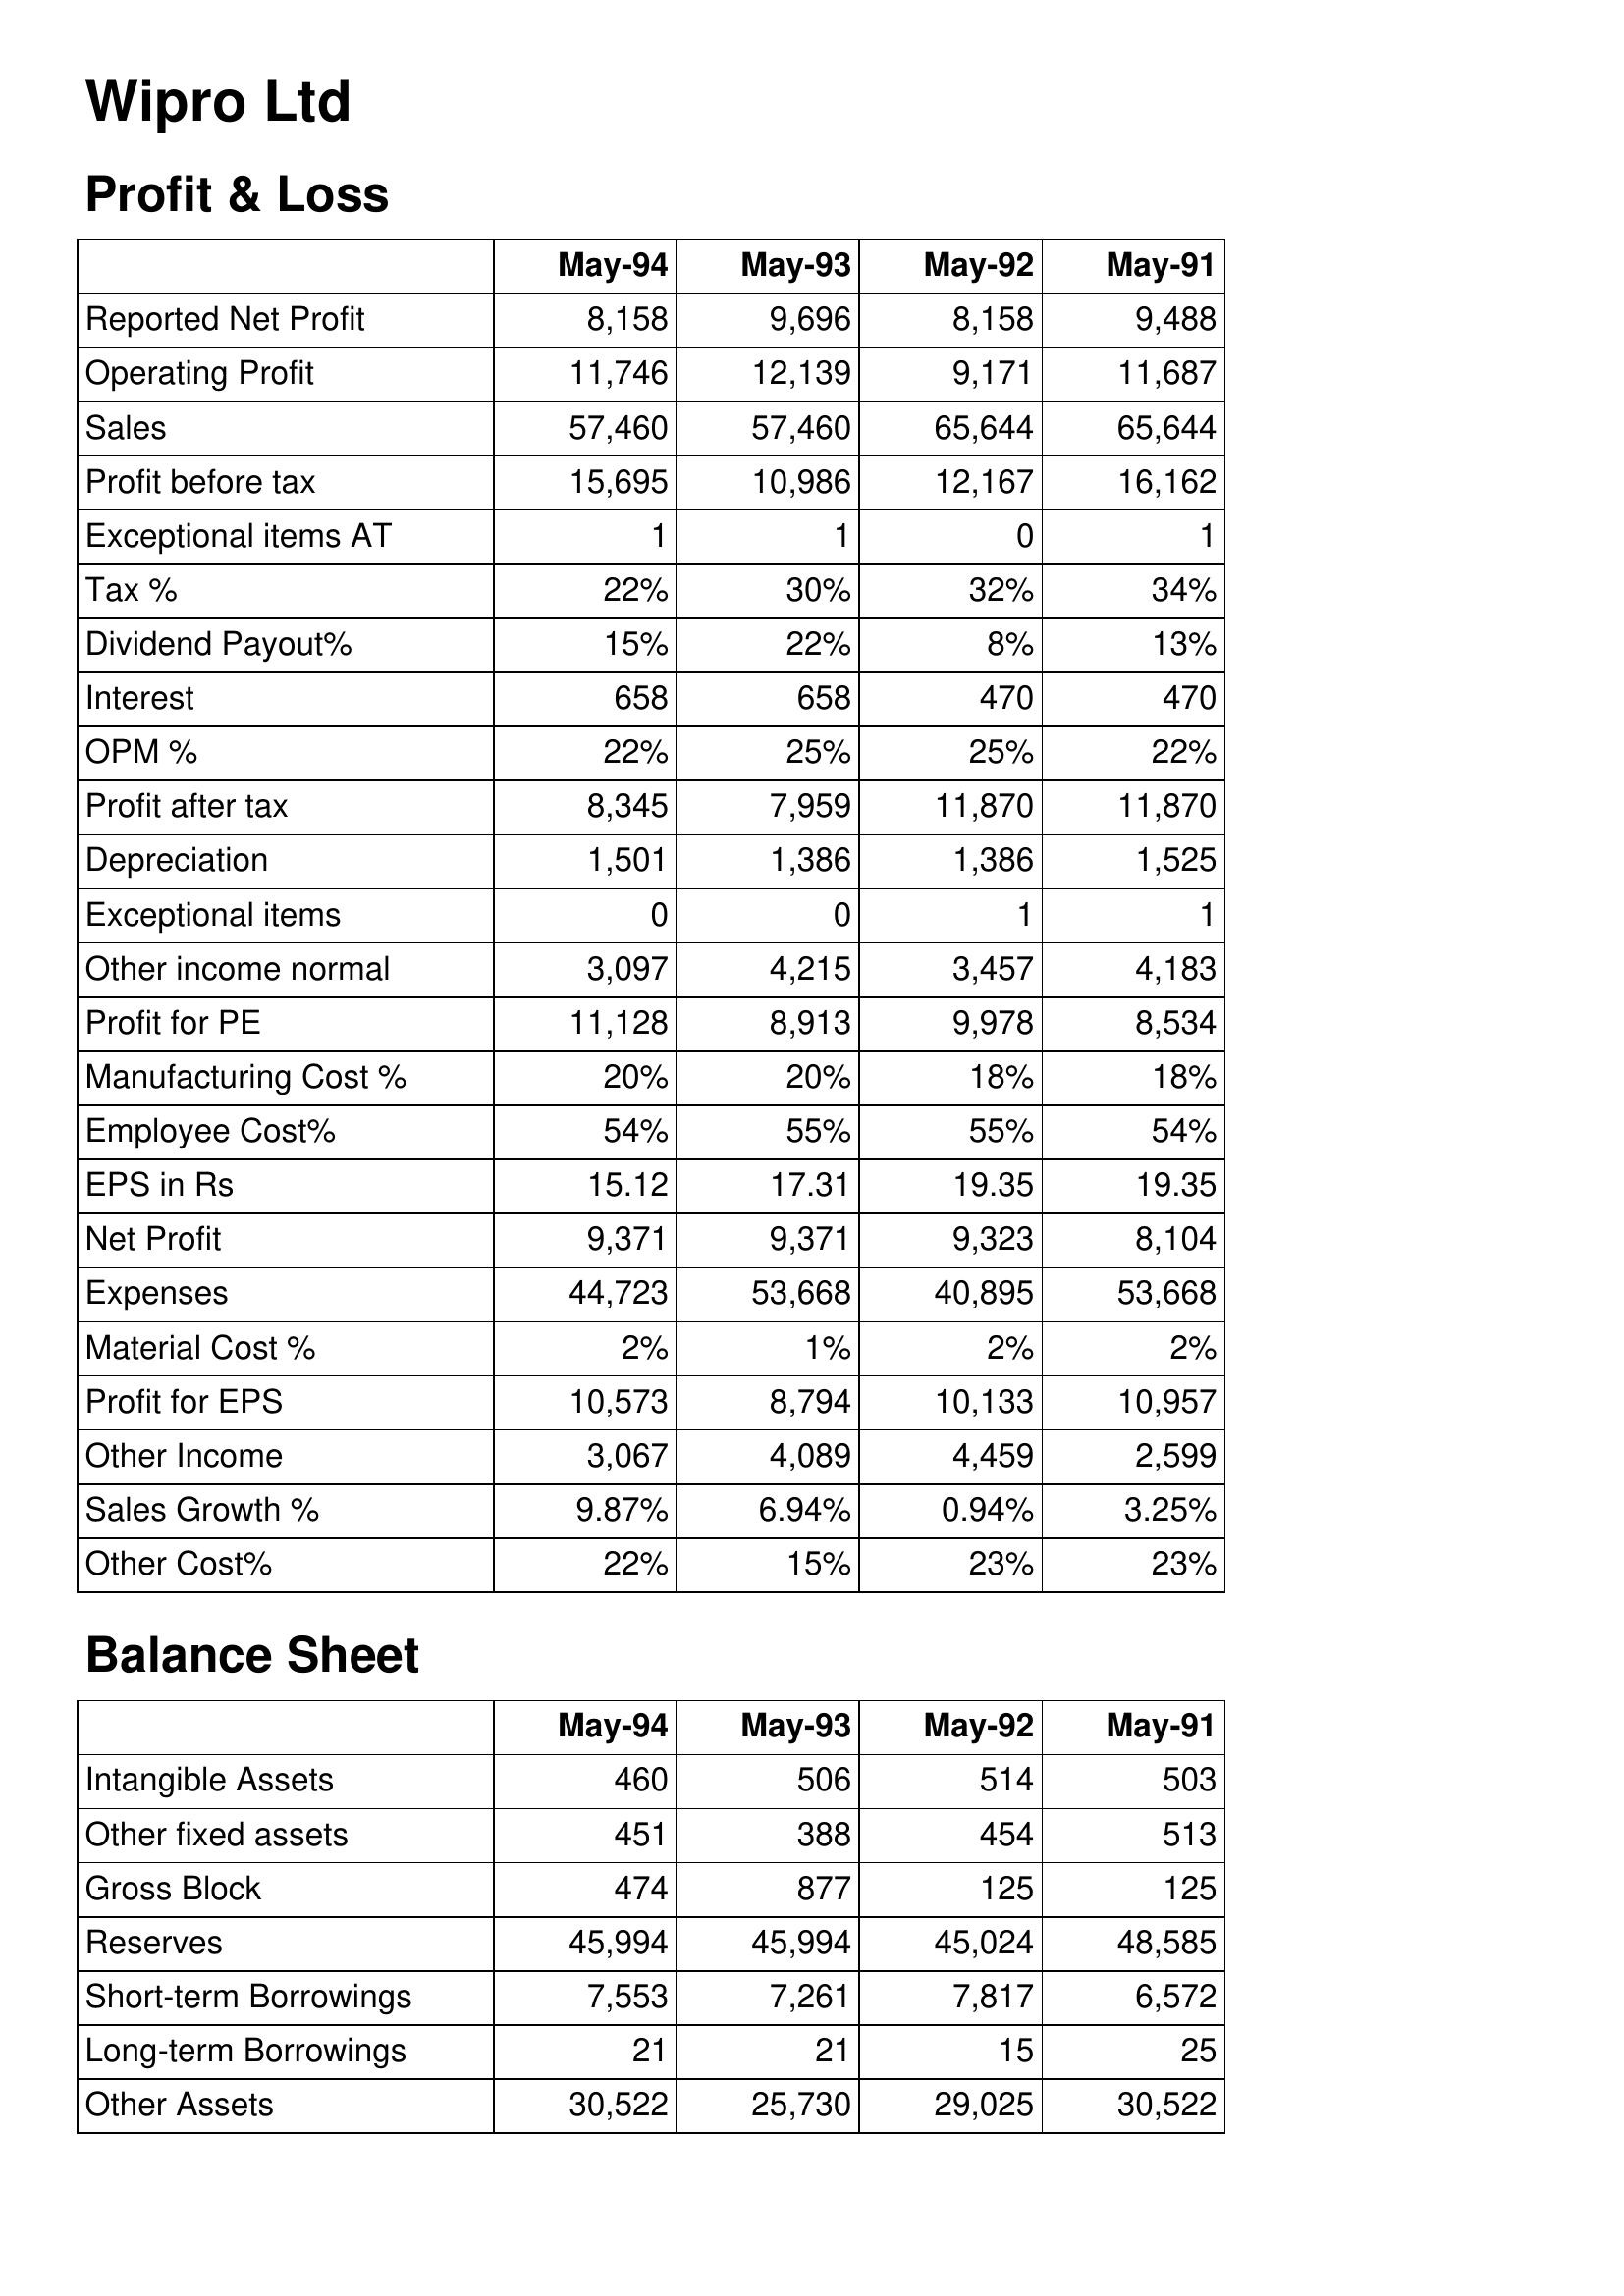
May-94: Profit & Loss: Reported Net Profit: 8,158
Operating Profit: 11,746
Sales: 57,460
Profit before tax: 15,695
Exceptional items AT: 1
Tax %: 22%
Dividend Payout%: 15%
Interest: 658
OPM %: 22%
Profit after tax: 8,345
Depreciation: 1,501
Exceptional items: 0
Other income normal: 3,097
Profit for PE: 11,128
Manufacturing Cost %: 20%
Employee Cost%: 54%
EPS in Rs: 15.12
Net Profit: 9,371
Expenses: 44,723
Material Cost %: 2%
Profit for EPS: 10,573
Other Income: 3,067
Sales Growth %: 9.87%
Other Cost%: 22%
Balance Sheet: Intangible Assets: 460
Other fixed assets: 451
Gross Block: 474
Reserves: 45,994
Short-term Borrowings: 7,553
Long-term Borrowings: 21
Other Assets: 30,522
May-93: Profit & Loss: Reported Net Profit: 9,696
Operating Profit: 12,139
Sales: 57,460
Profit before tax: 10,986
Exceptional items AT: 1
Tax %: 30%
Dividend Payout%: 22%
Interest: 658
OPM %: 25%
Profit after tax: 7,959
Depreciation: 1,386
Exceptional items: 0
Other income normal: 4,215
Profit for PE: 8,913
Manufacturing Cost %: 20%
Employee Cost%: 55%
EPS in Rs: 17.31
Net Profit: 9,371
Expenses: 53,668
Material Cost %: 1%
Profit for EPS: 8,794
Other Income: 4,089
Sales Growth %: 6.94%
Other Cost%: 15%
Balance Sheet: Intangible Assets: 506
Other fixed assets: 388
Gross Block: 877
Reserves: 45,994
Short-term Borrowings: 7,261
Long-term Borrowings: 21
Other Assets: 25,730
May-92: Profit & Loss: Reported Net Profit: 8,158
Operating Profit: 9,171
Sales: 65,644
Profit before tax: 12,167
Exceptional items AT: 0
Tax %: 32%
Dividend Payout%: 8%
Interest: 470
OPM %: 25%
Profit after tax: 11,870
Depreciation: 1,386
Exceptional items: 1
Other income normal: 3,457
Profit for PE: 9,978
Manufacturing Cost %: 18%
Employee Cost%: 55%
EPS in Rs: 19.35
Net Profit: 9,323
Expenses: 40,895
Material Cost %: 2%
Profit for EPS: 10,133
Other Income: 4,459
Sales Growth %: 0.94%
Other Cost%: 23%
Balance Sheet: Intangible Assets: 514
Other fixed assets: 454
Gross Block: 125
Reserves: 45,024
Short-term Borrowings: 7,817
Long-term Borrowings: 15
Other Assets: 29,025
May-91: Profit & Loss: Reported Net Profit: 9,488
Operating Profit: 11,687
Sales: 65,644
Profit before tax: 16,162
Exceptional items AT: 1
Tax %: 34%
Dividend Payout%: 13%
Interest: 470
OPM %: 22%
Profit after tax: 11,870
Depreciation: 1,525
Exceptional items: 1
Other income normal: 4,183
Profit for PE: 8,534
Manufacturing Cost %: 18%
Employee Cost%: 54%
EPS in Rs: 19.35
Net Profit: 8,104
Expenses: 53,668
Material Cost %: 2%
Profit for EPS: 10,957
Other Income: 2,599
Sales Growth %: 3.25%
Other Cost%: 23%
Balance Sheet: Intangible Assets: 503
Other fixed assets: 513
Gross Block: 125
Reserves: 48,585
Short-term Borrowings: 6,572
Long-term Borrowings: 25
Other Assets: 30,522